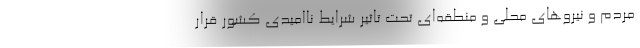
مردم و نیرو‌های محلی و منطقه‌ای تحت تاثیر شرایط ناامیدی کشور قرار